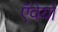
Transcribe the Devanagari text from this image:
ऍवेयो